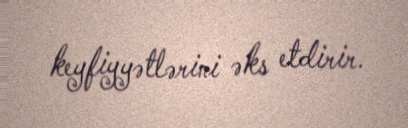
keyfiyyətlərini əks etdirir.